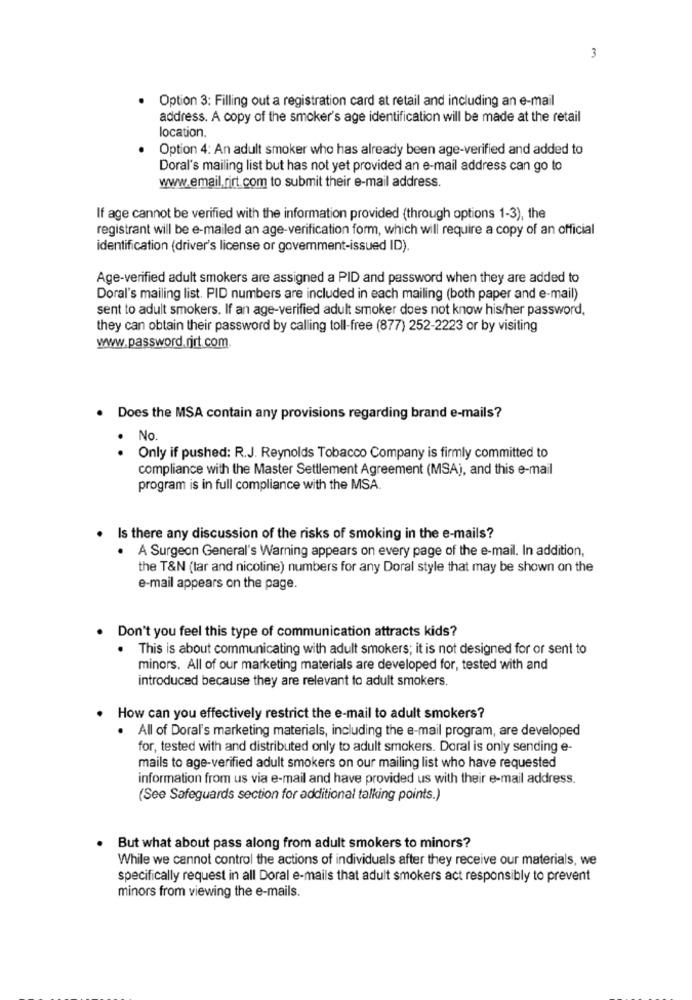
3
Option 3: Filling out a registration card at retail and including an e-mail
address. A copy of the smoker's age identification will be made at the retail
location.
Option 4: An adult smoker who has already been age-verified and added to
Doral's mailing list but has not yet provided an e-mail address can go to
www.email.rirt.com to submit their e-mail address.
If age cannot be verified with the information provided (through options 1-3), the
registrant will be e-mailed an age-verification form, which will require a copy of an official
identification (driver's license or government-issued ID).
Age-verified adult smokers are assigned a PID and password when they are added to
Doral's mailing list. PID numbers are included in each mailing (both paper and e-mail)
sent to adult smokers. If an age-verified adult smoker does not know his/her password,
they can obtain their password by calling toll-free (877) 252-2223 or by visiting
www.password.rjrt.com
. Does the MSA contain any provisions regarding brand e-mails?
.
No.
Only if pushed: R.J. Reynolds Tobacco Company is firmly committed to
compliance with the Master Settlement Agreement (MSA), and this e-mail
program is in full compliance with the MSA.
. Is there any discussion of the risks of smoking in the e-mails?
. A Surgeon General's Warning appears on every page of the e-mail. In addition,
the T&N (tar and nicotine) numbers for any Doral style that may be shown on the
e-mail appears on the page.
Don't you feel this type of communication attracts kids?
. This is about communicating with adult smokers; it is not designed for or sent to
minors. All of our marketing materials are developed for, tested with and
introduced because they are relevant to adult smokers.
How can you effectively restrict the e-mail to adult smokers?
. All of Doral's marketing materials, including the e-mail program, are developed
for, tested with and distributed only to adult smokers. Doral is only sending e-
mails to age-verified adult smokers on our mailing list who have requested
information from us via e-mail and have provided us with their e-mail address.
(See Safeguards section for additional talking points.)
But what about pass along from adult smokers to minors?
While we cannot control the actions of individuals after they receive our materials, we
specifically request in all Doral e-mails that adult smokers act responsibly to prevent
minors from viewing the e-mails.